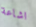
اشاعة